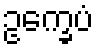
ဥက္ခေပံ